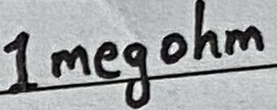
Text: 1 megohm